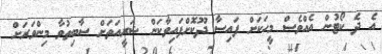
އެ ދެ ކޯޓުން އެއްވެސް މީހަކަށް ފައިސާ ދޫކޮށްފައިވާކަން ޝަރީއަތަށް ސާބިތުވާ މިންވަރަށް